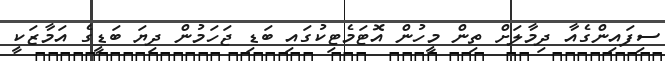
ސިފައިންގެއާ ދިމާލަށް ތިން މީހުން އޮޓަމެޓިކުގައި ބަޑި ޖަހަމުން ދިޔަ ބަޑީގެ އަމާޒަކީ